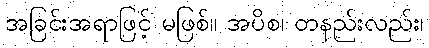
အခြင်းအရာဖြင့် မဖြစ်။ အပိစ၊ တနည်းလည်း၊